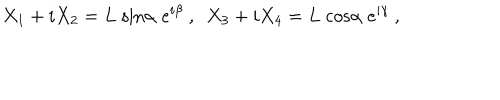
X _ { 1 } + i X _ { 2 } = L \; \mathrm { s i n } \alpha \; e ^ { i \beta } \ , \ \ X _ { 3 } + i X _ { 4 } = L \; \mathrm { c o s } \alpha \; e ^ { i \gamma } \ ,